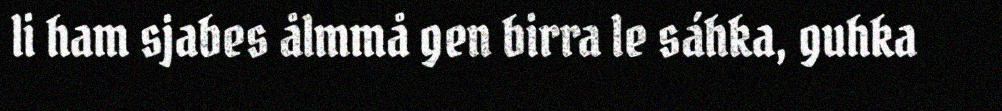
li ham sjabes ålmmå gen birra le sáhka, guhka